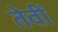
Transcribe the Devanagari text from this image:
तेवीं